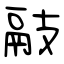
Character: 䰙